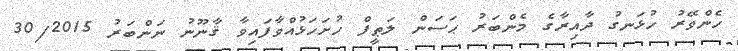
ހެންވޭރު ހުޅަނގު ދާއިރާގެ މެންބަރު ޙަސަން ލަޠީފް ހުށަހަޅުއްވާފައިވާ ޤާނޫނު ނަންބަރު 30/2015